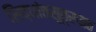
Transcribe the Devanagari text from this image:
सिद्धांतसूत्रपाठ